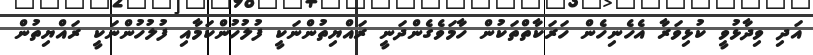
އަދި ވިދާޅުވީ ކުޅިވަރާ އެހެނިހެން ހަރަކާތްތަކުން ހާމަވެގެންދަނީ ރައްޔިތުންނަކީ ފުލުހުންކަމާއި ފުލުހުންނަކީ ރައްޔިތުން